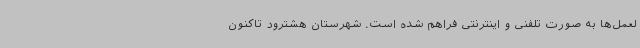
لعمل‌ها به صورت تلفنی و اینترنتی فراهم شده است. شهرستان هشترود تاکنون